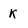
Character: k